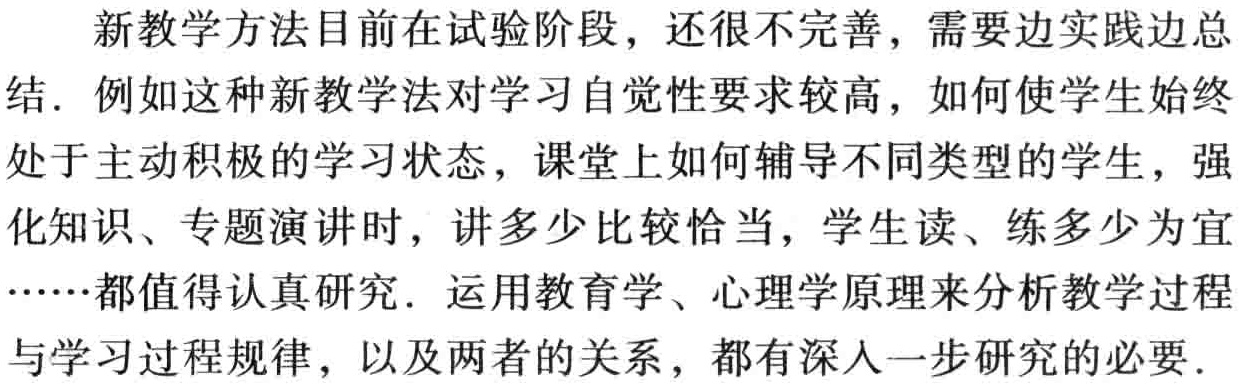
新教学方法目前在试验阶段，还很不完善，需要边实践边总结. 例如这种新教学法对学习自觉性要求较高，如何使学生始终处于主动积极的学习状态，课堂上如何辅导不同类型的学生，强化知识、专题演讲时，讲多少比较恰当，学生读、练多少为宜……都值得认真研究. 运用教育学、心理学原理来分析教学过程与学习过程规律，以及两者的关系，都有深入一步研究的必要.